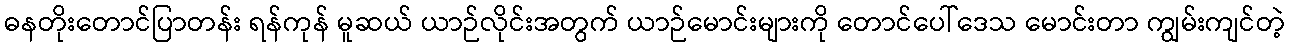
ဓနတိုးတောင်ပြာတန်း ရန်ကုန် မူဆယ် ယာဉ်လိုင်းအတွက် ယာဉ်မောင်းများကို တောင်ပေါ်ဒေသ မောင်းတာ ကျွမ်းကျင်တဲ့